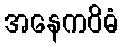
အနေကဝိဓံ